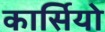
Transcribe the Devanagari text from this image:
कार्सियो